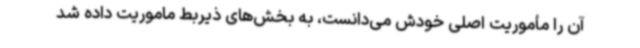
آن را مأموریت اصلی خودش می‌دانست، به بخش‌های ذیربط ماموریت داده شد